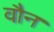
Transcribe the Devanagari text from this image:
वौन